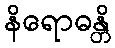
နိရောဓန္တိ